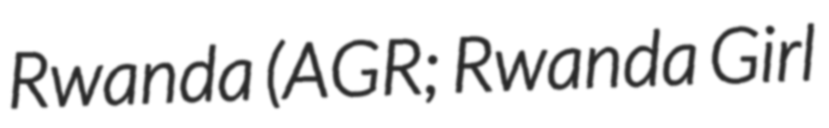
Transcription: Rwanda (AGR; Rwanda Girl